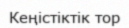
Кеңістіктік тор